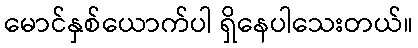
မောင်နှစ်ယောက်ပါ ရှိနေပါသေးတယ်။